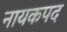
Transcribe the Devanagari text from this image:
नायकपद